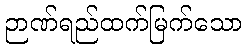
ဉာဏ်ရည်ထက်မြက်သော